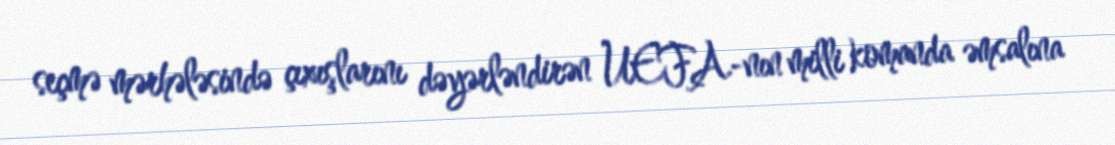
seçmə mərhələsində çıxışlarını dəyərləndirən UEFA-nın milli komanda əmsalına